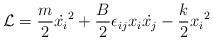
LaTeX: \begin{align*}{\cal {L}} = \frac{m}{2}{\dot{x_i}}^2 + \frac{B}{2}\epsilon_{ij}x_i\dot{x_j} - \frac{k}{2}{x_i}^2\end{align*}